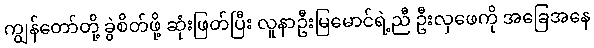
ကျွန်တော်တို့ ခွဲစိတ်ဖို့ ဆုံးဖြတ်ပြီး လူနာဦးမြမောင်ရဲ့ညီ ဦးလှဖေကို အခြေအနေ